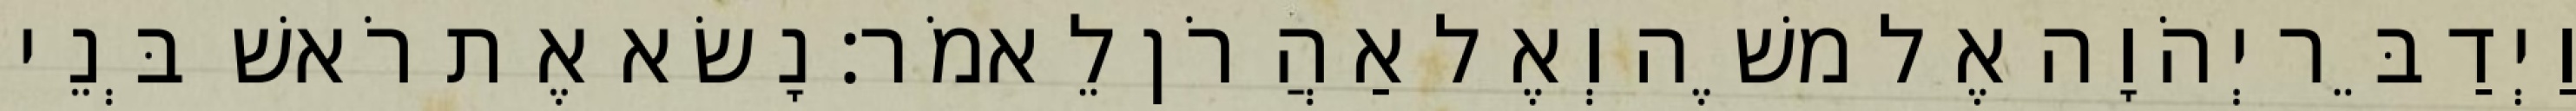
וַיְדַבֵּר יְהֹוָה אֶל משֶׁה וְאֶל אַהֲרֹן לֵאמֹר׃ נָשׂא אֶת רֹאשׁ בְּנֵי